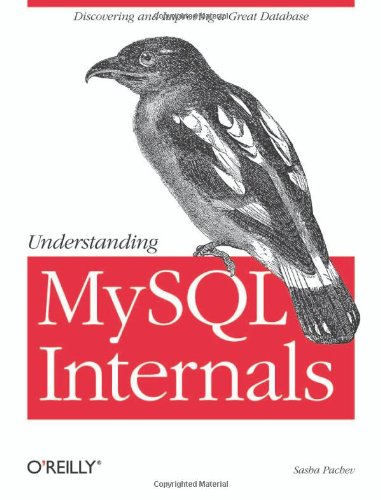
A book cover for Understanding MySQL Internals; Sasha Pachev; Computers & Technology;